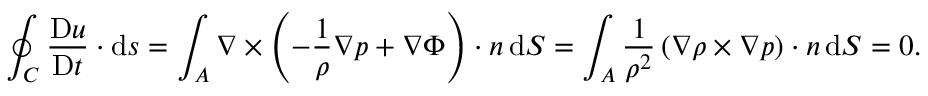
\oint _ { C } { \frac { \mathrm { D } { \boldsymbol { u } } } { \mathrm { D } t } } \cdot \mathrm { d } { \boldsymbol { s } } = \int _ { A } { \boldsymbol { \nabla } } \times \left( - { \frac { 1 } { \rho } } { \boldsymbol { \nabla } } p + { \boldsymbol { \nabla } } \Phi \right) \cdot { \boldsymbol { n } } \, \mathrm { d } S = \int _ { A } { \frac { 1 } { \rho ^ { 2 } } } \left( { \boldsymbol { \nabla } } \rho \times { \boldsymbol { \nabla } } p \right) \cdot { \boldsymbol { n } } \, \mathrm { d } S = 0 .